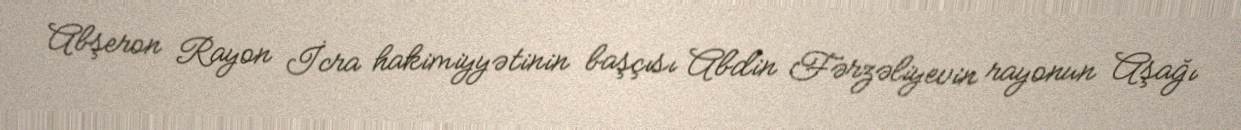
Abşeron Rayon İcra hakimiyyətinin başçısı Abdin Fərzəliyevin rayonun Aşağı